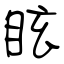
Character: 眩